Hæmogregarina gerbilli - Number 18
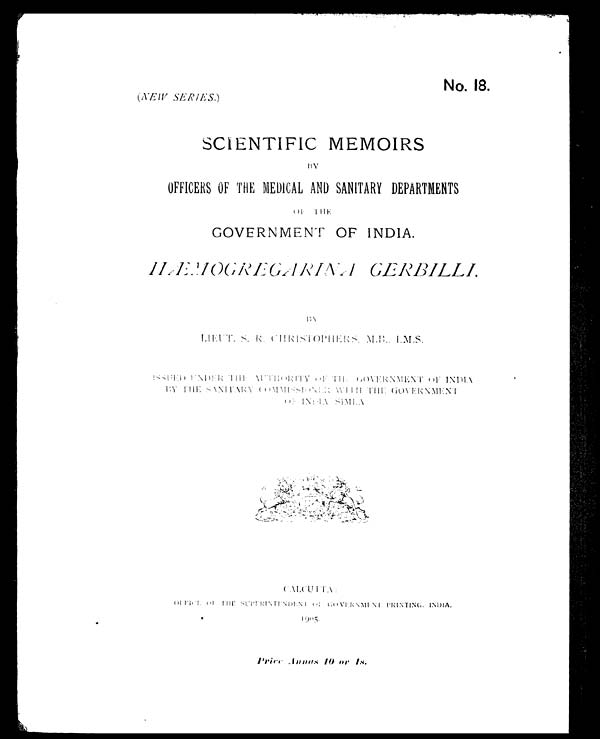
No.18.
(NEW SERIES.)
SCIENTIFIC MEMOIRS
BY
OFFICERS OF THE MEDICAL AND SANITARY DEPARTMENTS
OF THE
GOVERNMENT OF INDIA.
HÆMOGREGARINA GERBILLI.
BY
LIEUT. S. R. CHRISTOPHERS.:,M. B. I..:M..S.
ISSUED UNDER THE AUTHORITY OF THE GOVERNMENT OF INDIA
BY THE SANITARY COMMISSIONER WITH THE GOVERNMENT OF INDIA SIMLA
CALCUTTA OFFICE OF THE SUPERINTENDENT OF GOVERNMENT PRINTING, INDIA.
1905.
Price Annas 10 or 1s..